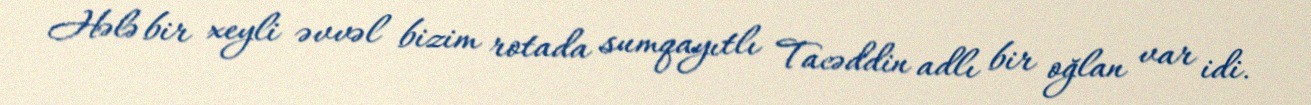
Hələ bir xeyli əvvəl bizim rotada sumqayıtlı Tacəddin adlı bir oğlan var idi.